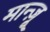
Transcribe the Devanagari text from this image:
मान्ज़ू